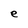
Character: e